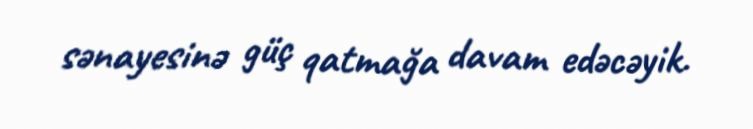
sənayesinə güç qatmağa davam edəcəyik.